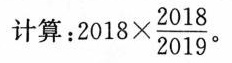
计算：$$2 0 1 8 \times \frac { 2 0 1 8 } { 2 0 1 9 }$$。